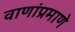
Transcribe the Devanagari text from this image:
वाणांप्रमाणे